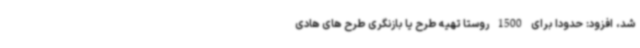
شد، افزود: حدودا برای 1500 روستا تهیه طرح یا بازنگری طرح های هادی